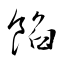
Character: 餡